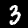
Digit: 3